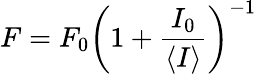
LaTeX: F=F_{0}\left(1+\frac{I_{0}}{\left<I\right>}\right)^{-1}